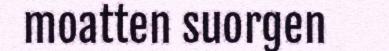
moatten suorgen